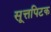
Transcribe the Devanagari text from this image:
सूत्तपिटक